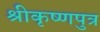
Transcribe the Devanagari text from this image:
श्रीकृष्णपुत्र